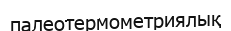
палеотермометриялық